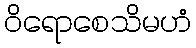
ဝိရောစေသိမဟံ